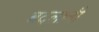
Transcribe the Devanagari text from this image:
बदलानी